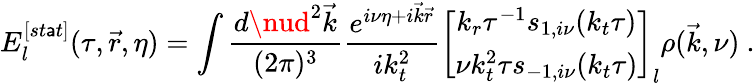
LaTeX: E_{l}^{[st\mathsf{a}t]}(\tau,{\vec{{r}}},\eta)=\int{\frac{{d\nud^{2}{\vec{{k}}}}}{{(2\pi)^{3}}}}{\frac{{e^{i\nu\eta+i{\vec{{k}}}{\vec{{r}}}}}}{{ik_{t}^{2}}}}\left[\begin{array}{c}{{k_{r}\tau^{-1}s_{1,i\nu}(k_{t}\tau)}}\\ {{\nu k_{t}^{2}\tau s_{-1,i\nu}(k_{t}\tau)}}\end{array}\right]_{l}\rho({\vec{{k}}},\nu)~.